Madras plague regulations and rules - Volume 2
Disease focus: Plague
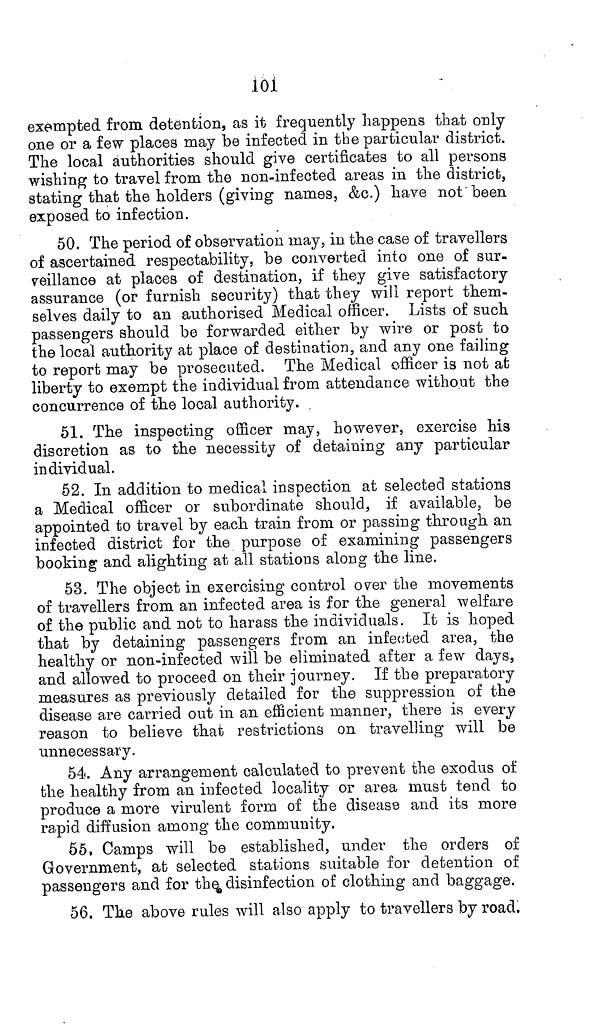
101
exempted from detention, as it frequently happens that only
one or a few places may be infected in the particular district.
The local authorities should give certificates to all persons
wishing to travel from the non-infected areas in the district,
stating that the holders (giving names, &c.) have not been
exposed to infection.
50. The period of observation may, in the case of travellers
of ascertained respectability, be converted into one of sur-
veillance at places of destination, if they give satisfactory
assurance (or furnish security) that they will report them-
selves daily to an authorised Medical officer. Lists of such
passengers should be forwarded either by wire or post to
the local authority at place of destination, and any one failing
to report may be prosecuted. The Medical officer is not at
liberty to exempt the individual from attendance without the
concurrence of the local authority.
51. The inspecting officer may, however, exercise his
discretion as to the necessity of detaining any particular
individual.
52. In addition to medical inspection at selected stations
a Medical officer or subordinate should, if available, be
appointed to travel by each train from or passing through an
infected district for the purpose of examining passengers
booking and alighting at all stations along the line.
53. The object in exercising control over the movements
of travellers from an infected area is for the general welfare
of the public and not to harass the individuals. It is hoped
that by detaining passengers from an infected area, the
healthy or non-infected will be eliminated after a few days,
and allowed to proceed on their journey. If the preparatory
measures as previously detailed for the suppression of the
disease are carried out in an efficient manner, there is every
reason to believe that restrictions on travelling will be
unnecessary.
54. Any arrangement calculated to prevent the exodus of
the healthy from an infected locality or area must tend to
produce a more virulent form of the disease and its more
rapid diffusion among the community.
55. Camps will be established, under the orders of
Government, at selected stations suitable for detention of
passengers and for the disinfection of clothing and baggage.
56. The above rules will also apply to travellers by road.